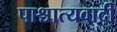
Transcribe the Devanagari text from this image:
पाश्चात्यवादी